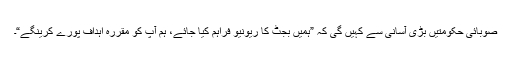
صوبائی حکومتیں بڑی آسانی سے کہیں گی کہ ”ہمیں بجٹ کا ریونیو فراہم کیا جائے، ہم آپ کو مقررہ اہداف پورے کرینگے“۔